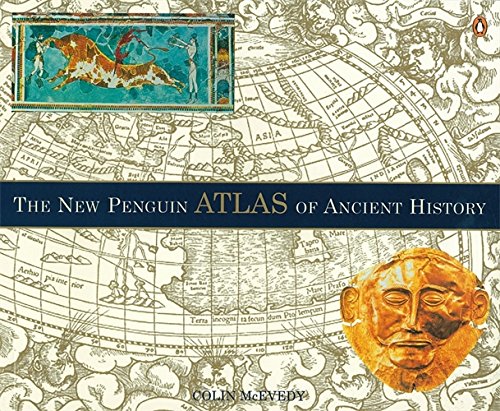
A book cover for The New Penguin Atlas of Ancient History: Revised Edition; Colin McEvedy; Science & Math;